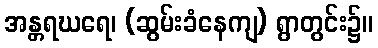
အန္တရဃရေ၊ (ဆွမ်းခံနေကျ) ရွာတွင်း၌။